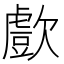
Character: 㱆